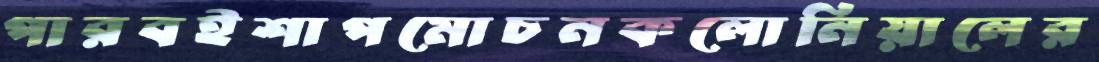
পারবইশাপমোচনকলোনিয়ালের